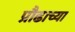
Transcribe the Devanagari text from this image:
प्रौढाच्या